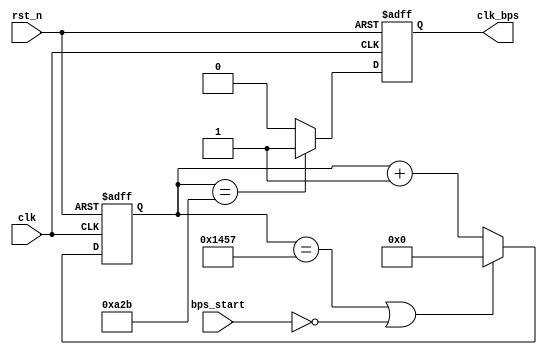
//speed_select

module speed_select(
	clk,rst_n,
	bps_start,clk_bps
);

input clk;		//50MHz
input rst_n;	//reset signal , active low
input bps_start;	//
output clk_bps;		//clk_bps

/*
parameter		bps9600		=	5207,	//baud rate 9600bps
				bps19200	=	2603,	//baud rate 19200bps
				bps38400	=	1301,	//baud rate 38400bps
				bps57600	=	867,	//baud rate 57600bps
				bps115200	=	433;	//baud rate 115200bps
				
//
parameter		bps9600_2	=	2603,	//baud rate 9600bps
				bps19200_2	=	1301,	//baud rate 19200bps
				bps38400_2	=	650,	//baud rate 38400bps
				bps57600_2	=	433,	//baud rate 57600bps
				bps115200_2	=	216;	//baud rate 115200bps
*/

//baud rate 
`define BPS_PARA	5207	//baud rate 9600
`define BPS_PARA_2	2603	//baud rate 9600

reg [12:0] cnt;		//
reg clk_bps_r;		//

//---------------------------------------------------------------------
reg [2:0] uart_ctrl;	//uart
//---------------------------------------------------------------------

always@(posedge clk or negedge rst_n)
begin 
	if(!rst_n) cnt <= 13'd0;
	else if ((cnt == `BPS_PARA) || !bps_start ) cnt <= 13'd0;
	else cnt <= cnt + 1'b1;		//
end

always@(posedge clk or negedge rst_n)
begin
	if(!rst_n) clk_bps_r <= 1'b0;
	else if(cnt == `BPS_PARA_2) clk_bps_r <= 1'b1;	//clk_bps_r 
	else clk_bps_r <= 1'b0;
end

assign clk_bps = clk_bps_r;


endmodule